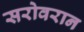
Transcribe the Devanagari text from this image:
सरोवरान